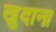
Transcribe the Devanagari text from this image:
खुदाना